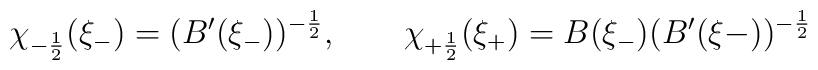
\chi_{-\frac{1}{2}}(\xi_{-}) = (B'(\xi_{-}))^{-\frac{1}{2}}, \qquad\chi_{+\frac{1}{2}}(\xi_{+}) = B(\xi_{-})(B'(\xi{-}))^{-\frac{1}{2}}